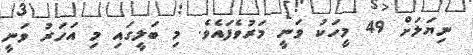
ނިޔަލަށް 49 މީހަކު ވަނީ މަރުވެފައެވެ. މި ބަލީގައި މި އަހަރު ވަނީ